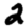
Digit: 2